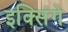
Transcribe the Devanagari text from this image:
इक्सिंगे